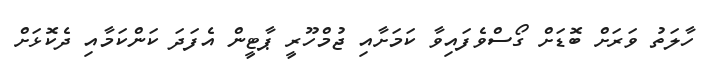
ހާލަތު ވަރަށް ބޮޑަށް ގޯސްވެފައިވާ ކަމަށާއި ޖުމްހޫރީ ޕާޓީން އެފަދަ ކަންކަމާއި ދެކޮޅަށް